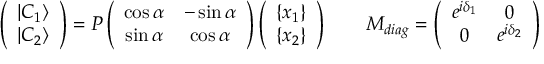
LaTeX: \left( \begin{array} { c } { { \left| C _ { 1 } \right\rangle } } \\ { { \left| C _ { 2 } \right\rangle } } \end{array} \right) = P \left( \begin{array} { c c } { { \cos \alpha } } & { { - \sin \alpha } } \\ { { \sin \alpha } } & { { \cos \alpha } } \end{array} \right) \left( \begin{array} { c } { { \left\{ x _ { 1 } \right\} } } \\ { { \left\{ x _ { 2 } \right\} } } \end{array} \right) \qquad M _ { d i a g } = \left( \begin{array} { c c } { { e ^ { i \delta _ { 1 } } } } & { { 0 } } \\ { { 0 } } & { { e ^ { i \delta _ { 2 } } } } \end{array} \right)